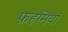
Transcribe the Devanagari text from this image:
फ़हमियां